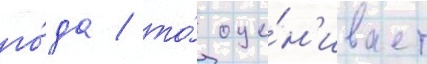
го́да / то́ оце́н'ивает